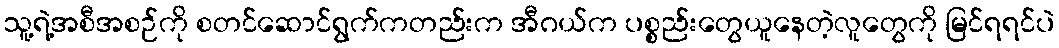
သူ့ရဲ့အစီအစဉ်ကို စတင်ဆောင်ရွက်ကတည်းက အီဂယ်က ပစ္စည်းတွေယူနေတဲ့လူတွေကို မြင်ရရင်ပဲ